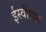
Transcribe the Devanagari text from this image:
ईस्वीसन